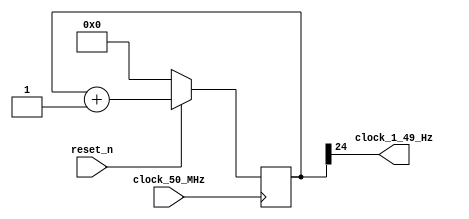
module clock_divider_50_MHz_to_1_49_Hz
(
    input  clock_50_MHz,
    input  reset_n,
    output clock_1_49_Hz
);

    // 50 MHz / 2 ** 25 = 1.49 Hz

    reg [24:0] counter;

    always @ (posedge clock_50_MHz)
    begin
        if (! reset_n)
            counter <= 0;
        else
            counter <= counter + 1;
    end

    assign clock_1_49_Hz = counter [24];

endmodule

//--------------------------------------------------------------------

module shift_register_with_enable
(
    input            clock,
    input            reset_n,
    input            in,
    input            enable,
    output           out,
    output reg [9:0] data
);

    always @ (posedge clock or negedge reset_n)
    begin
        if (! reset_n)
            data <= 10'b10_0000_0000;
        else if (enable)
            data <= { in, data [9:1] };
    end
    
    assign out = data [0];

endmodule

//--------------------------------------------------------------------

module single_digit_display
(
    input      [3:0] digit,
    output reg [6:0] seven_segments
);

    always @*
        case (digit)
        'h0: seven_segments = 'b1000000;  // a b c d e f g
        'h1: seven_segments = 'b1111001;
        'h2: seven_segments = 'b0100100;  //   --a--
        'h3: seven_segments = 'b0110000;  //  |     |
        'h4: seven_segments = 'b0011001;  //  f     b
        'h5: seven_segments = 'b0010010;  //  |     |
        'h6: seven_segments = 'b0000010;  //   --g--
        'h7: seven_segments = 'b1111000;  //  |     |
        'h8: seven_segments = 'b0000000;  //  e     c
        'h9: seven_segments = 'b0011000;  //  |     |
        'ha: seven_segments = 'b0001000;  //   --d-- 
        'hb: seven_segments = 'b0000011;
        'hc: seven_segments = 'b1000110;
        'hd: seven_segments = 'b0100001;
        'he: seven_segments = 'b0000110;
        'hf: seven_segments = 'b0001110;
        endcase

endmodule

//--------------------------------------------------------------------

// Smiling Snail FSM derived from David Harris & Sarah Harris

module pattern_fsm_moore
(
    input  clock,
    input  reset_n,
    input  a,
    output y
);

    parameter [1:0] S0 = 0, S1 = 1, S2 = 2;

    reg [1:0] state, next_state;

    // state register

    always @ (posedge clock or negedge reset_n)
        if (! reset_n)
            state <= S0;
        else
            state <= next_state;

    // next state logic

    always @*
        case (state)

        S0:
            if (a)
                next_state = S0;
            else
                next_state = S1;

        S1:
            if (a)
                next_state = S2;
            else
                next_state = S1;

        S2:
            if (a)
                next_state = S0;
            else
                next_state = S1;

        default:

            next_state = S0;

        endcase

    // output logic

    assign y = (state == S2);

endmodule


//--------------------------------------------------------------------

module de0_cv_user
(
    input        CLOCK_50,
    input        RESET_N,
    input  [3:0] KEY,
    input  [9:0] SW,
    output [9:0] LEDR,
    output [6:0] HEX0,
    output [6:0] HEX1,
    output [6:0] HEX2,
    output [6:0] HEX3,
    output [6:0] HEX4,
    output [6:0] HEX5
);
                 
    wire clock, shift_out, fsm_out;

    clock_divider_50_MHz_to_1_49_Hz clock_divider_50_MHz_to_1_49_Hz
    (
        .clock_50_MHz  ( CLOCK_50 ),
        .reset_n       ( RESET_N  ),
        .clock_1_49_Hz ( clock    )
    );

    shift_register_with_enable shift_register_with_enable
    (
        .clock   (   clock     ),
        .reset_n (   RESET_N   ),
        .in      ( ~ KEY [1]   ),
        .enable  (   KEY [0]   ),
        .out     (   shift_out ),
        .data    (   LEDR      )
    );           

    single_digit_display digit_0
    (
        .digit          ( LEDR [3:0] ),
        .seven_segments ( HEX0 )
    );

    single_digit_display digit_1
    (
        .digit          ( LEDR [7:4] ),
        .seven_segments ( HEX1 )
    );

    single_digit_display digit_2
    (
        .digit          ( { 2'b0 , LEDR [9:8] } ),
        .seven_segments ( HEX2 )
    );

    pattern_fsm_moore pattern_fsm_moore
    (
        .clock   ( clock     ),
        .reset_n ( RESET_N   ),
        .a       ( shift_out ),
        .y       ( fsm_out   )
    );

    assign HEX3 = 7'h7f;
    assign HEX4 = 7'h7f;
    assign HEX5 = fsm_out ? 7'h40 : 7'h7f;

endmodule